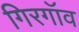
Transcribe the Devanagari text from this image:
गिरगॉव